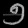
Digit: ၅